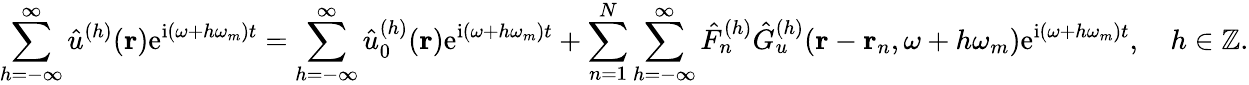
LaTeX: \sum_{h=-\infty}^{\infty}\hat{u}^{(h)}(\mathbf{r})\mathrm{e}^{\mathrm{i}(\omega+h\omega_{m})t}=\sum_{h=-\infty}^{\infty}\hat{u}_{0}^{(h)}(\mathbf{r})\mathrm{e}^{\mathrm{i}(\omega+h\omega_{m})t}+\sum_{n=1}^{N}\sum_{h=-\infty}^{\infty}\hat{F}_{n}^{(h)}\hat{G}_{u}^{(h)}(\mathbf{r}-\mathbf{r}_{n},\omega+h\omega_{m})\mathrm{e}^{\mathrm{i}(\omega+h\omega_{m})t},\quad h\in\mathbb{Z}.